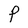
Character: P